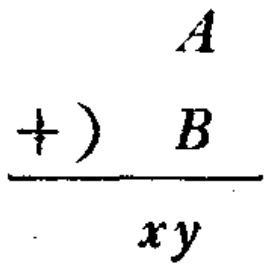
\[

\begin{array}{r}

A \\

+)\ B \\

\hline

xy

\end{array}

\]